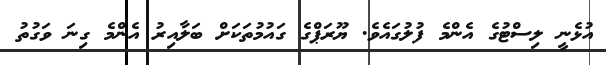
އުޅެނީ ލިސްޓުގެ އެންމެ ފުލުގައެވެ. ޔޫރަޕްގެ ގައުމުތަކަށް ބަލާއިރު އެންމެ ގިނަ ވަގުތު